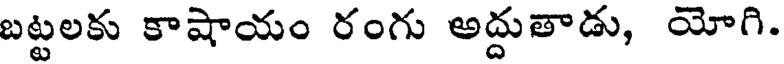
బట్టలకు కాషాయం రంగు అద్దుతాడు, యోగి.